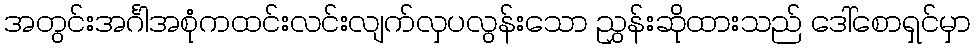
အတွင်းအင်္ဂါအစုံကထင်းလင်းလျက်လှပလွန်းသော ညွှန်းဆိုထားသည် ဒေါ်စောရှင်မှာ